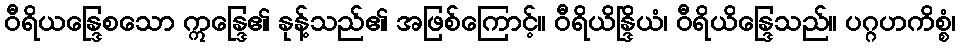
ဝီရိယန္ဒြေစသော ဣန္ဒြေ၏ နုန့်သည်၏ အဖြစ်ကြောင့်။ ဝီရိယိန္ဒြိယံ၊ ဝီရိယိန္ဒြေသည်။ ပဂ္ဂဟကိစ္စံ၊